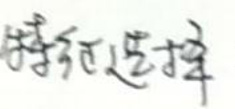
特征选择